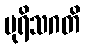
ပုရိသဂတိ